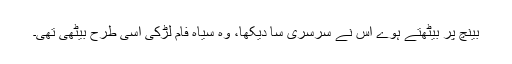
بینچ پر بیٹھتے ہوے اس نے سرسری سا دیکھا، وہ سیاہ فام لڑکی اسی طرح بیٹھی تھی۔